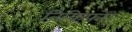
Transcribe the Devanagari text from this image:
निकिफोर